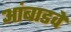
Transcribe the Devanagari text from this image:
आंबाडवे